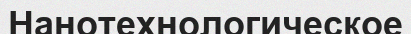
Нанотехнологическое